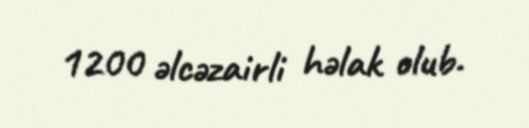
1200 əlcəzairli həlak olub.